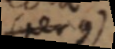
(per g)